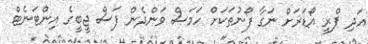
އަދި ޕްރީ އޯޑަރަށް ނަގާ ފޯނުތަކަށް ހަމަސް ވަންދެން ފަސް ޖީބީގެ އިންޓަނެޓް